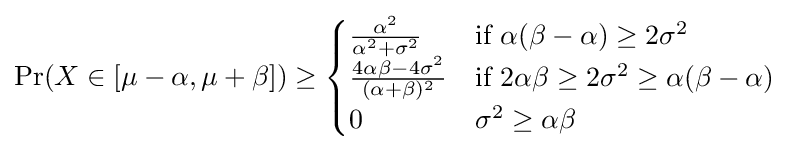
\Pr(X\in [\mu -\alpha ,\mu +\beta ])\geq {\begin{cases}{\frac {\alpha ^{2}}{\alpha ^{2}+\sigma ^{2}}}&{\text{if }}\alpha (\beta -\alpha )\geq 2\sigma ^{2}\\{\frac {4\alpha \beta -4\sigma ^{2}}{(\alpha +\beta )^{2}}}&{\text{if }}2\alpha \beta \geq 2\sigma ^{2}\geq \alpha (\beta -\alpha )\\0&\sigma ^{2}\geq \alpha \beta \end{cases}}